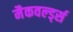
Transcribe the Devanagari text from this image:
मैकवर्ल्ड्स